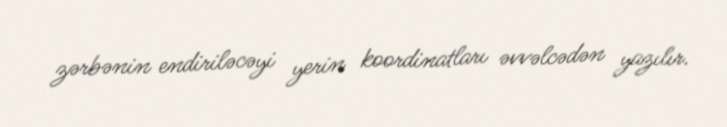
zərbənin endiriləcəyi yerin koordinatları əvvəlcədən yazılır.